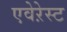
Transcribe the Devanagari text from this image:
एवेऱेस्ट